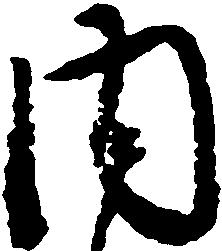
内